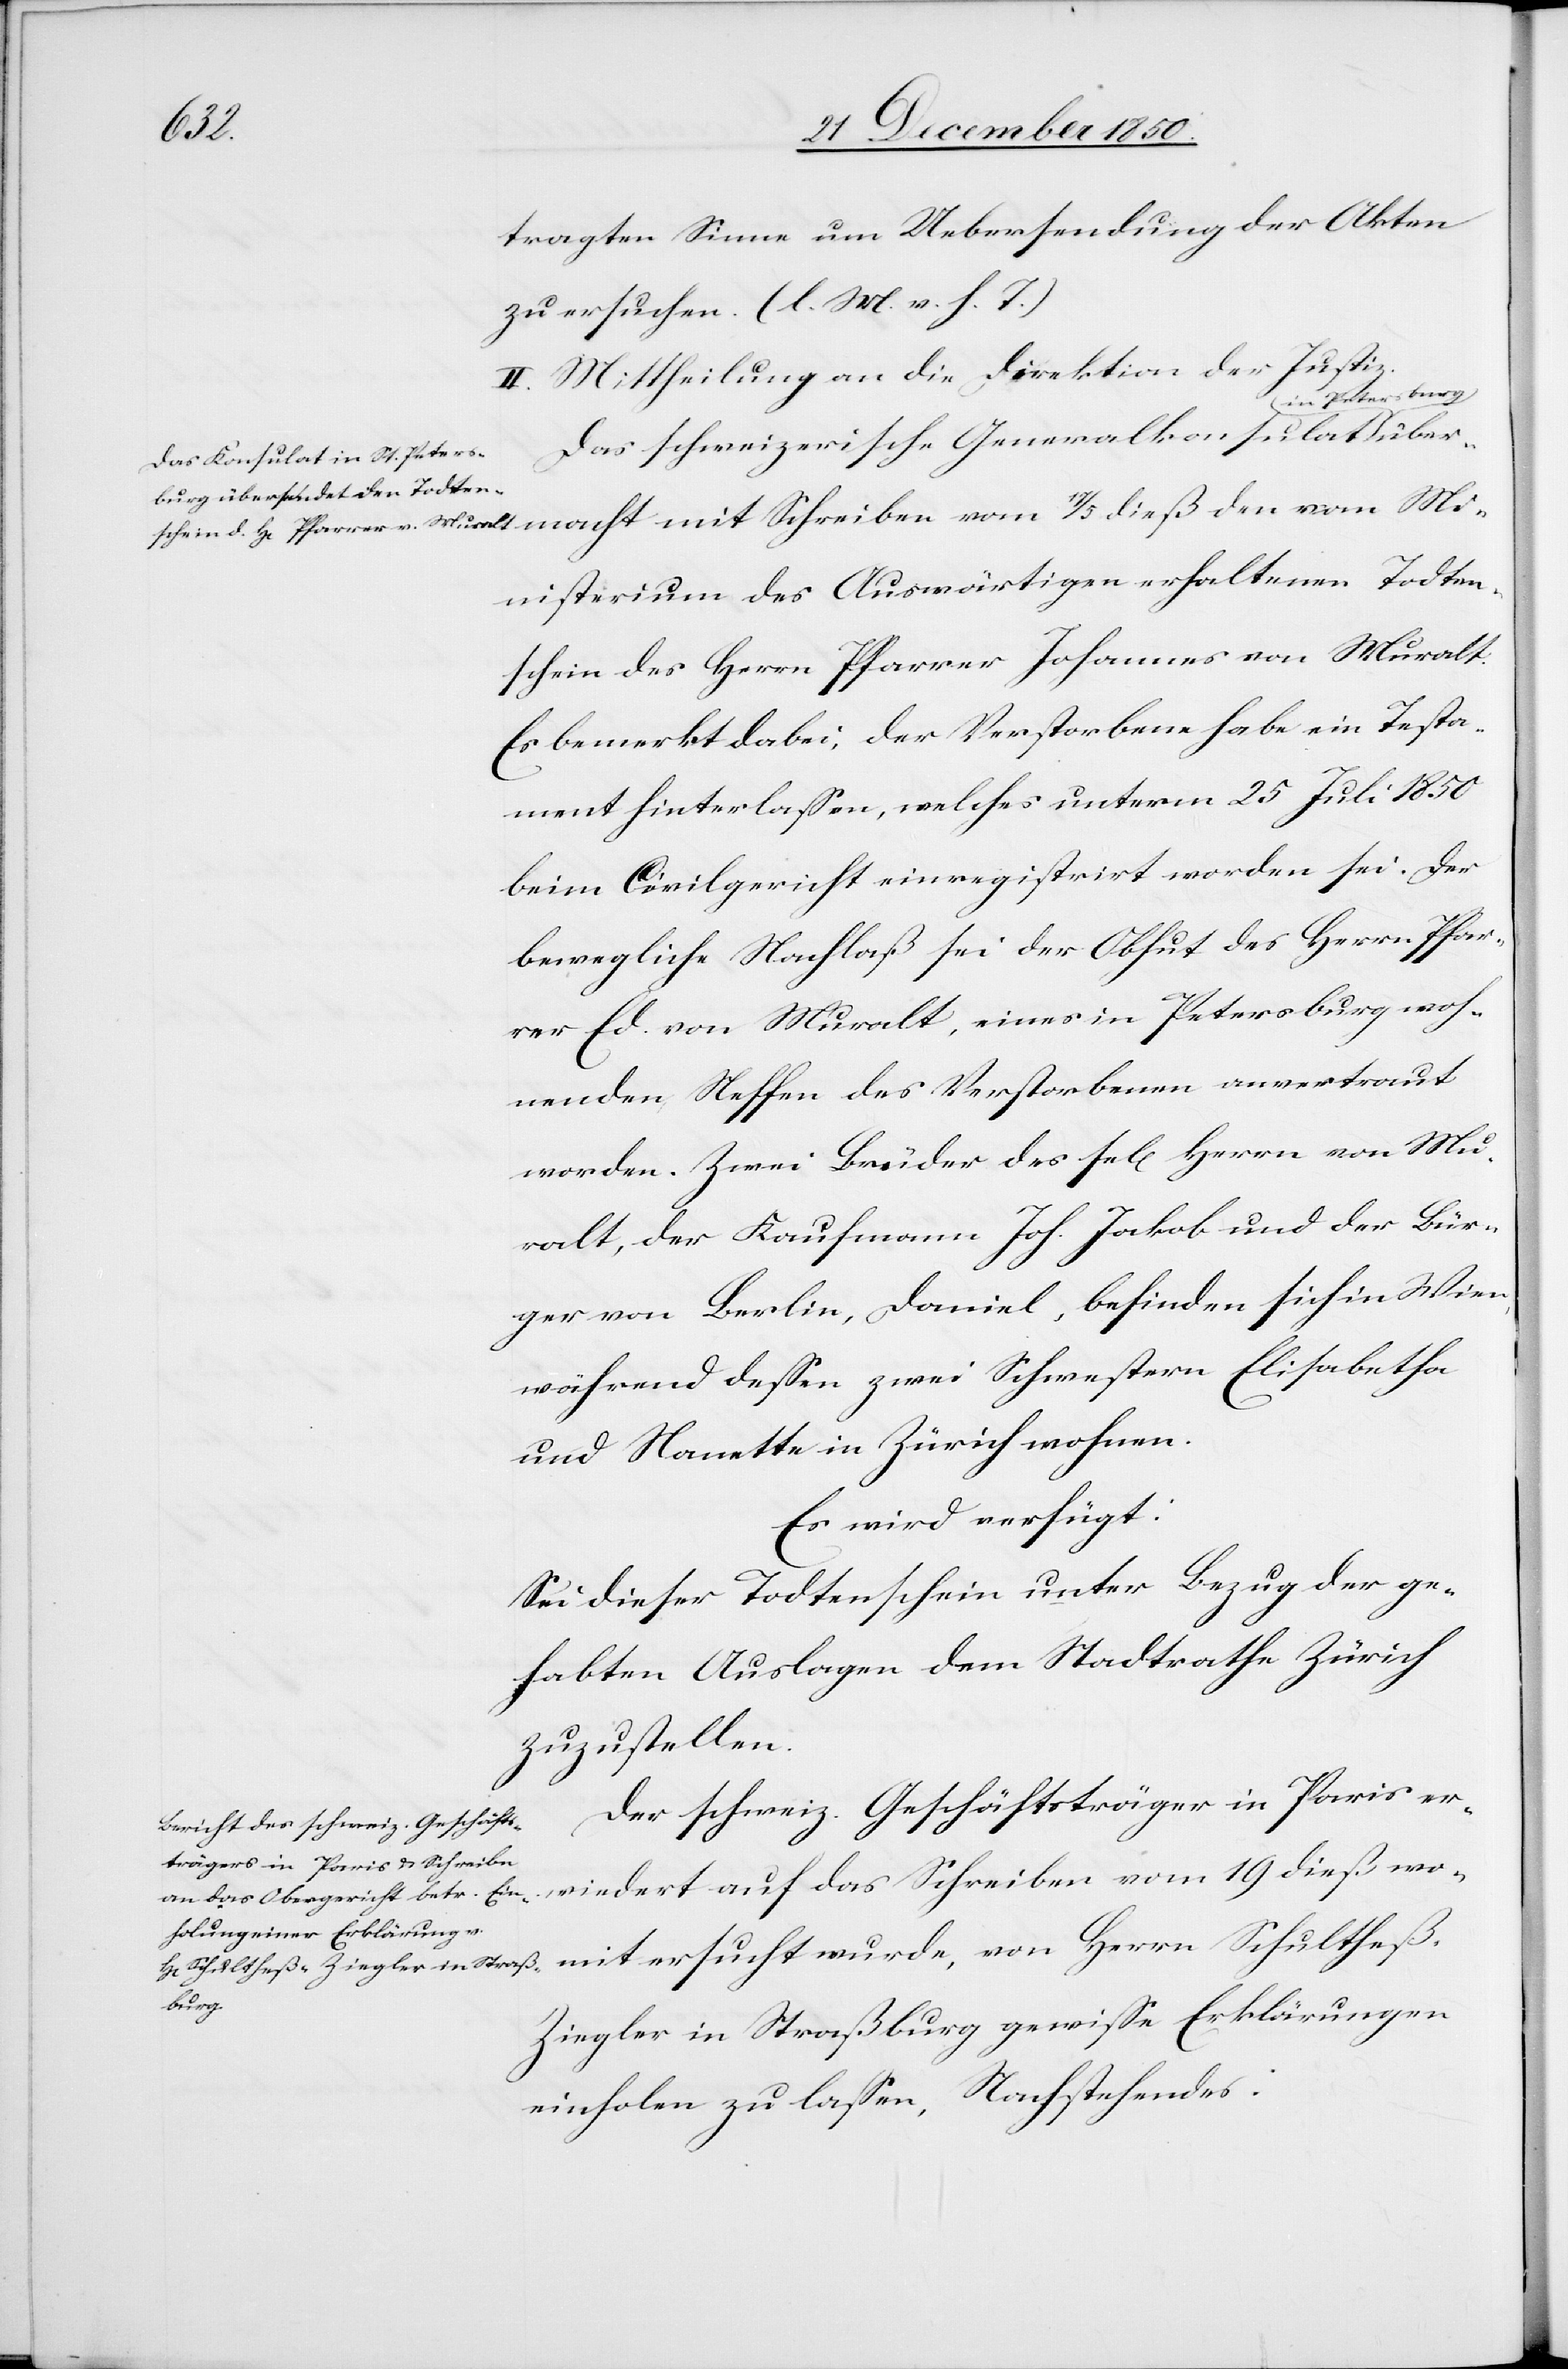
Herrn
27 December 1850.]
tragten Sinne um Uebersendung der Akten
zu ersuchen. (l. M. v. h. T.)
II. Mittheilung an die Direktion der Justiz.
dieß womit ersucht wurde,
Das schweizerische Generalkonsulat in
nisterium des Auswärtigen erhaltenen Todten¬
schein des Herrn Pfarrer Johannes von Muralt.
Es bemerkt dabei, der Verstorbene habe ein Testa¬
ment hinterlassen, welches unterm 25 Juli 1850
beim Civilgericht einregistrirt worden sei. Der
bewegliche Nachlaß sei der Obhut des Herrn Pfar¬
rer Ed. von Muralt, eines in [St.] Petersburg woh¬
nenden Neffen des Verstorbenen anvertraut
worden. Zwei Brüder des sel[igen] Herrn von Mu¬
ralt, der Kaufmann Joh. Jakob und der Bür¬
ger von Berlin, Daniel, befinden sich in Wien,
während dessen zwei Schwestern Elisabetha
und Nanette in Zürich wohnen.
Es wird verfügt:
Sei dieser Todtenschein unter Bezug der ge¬
habten Auslagen dem Stadtrathe Zürich
zuzustellen.
Der schweiz. Geschäftsträger in Paris er¬
burg
Ziegler in Straßburg gewisse Erklärungen
einholen zu lassen, Nachstehendes: